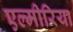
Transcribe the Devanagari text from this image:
एल्मीरिया